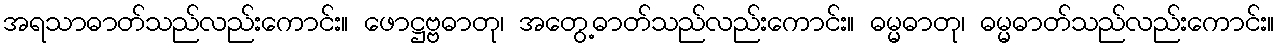
အရသာဓာတ်သည်လည်းကောင်း။ ဖောဋ္ဌဗ္ဗဓာတု၊ အတွေ့ဓာတ်သည်လည်းကောင်း။ ဓမ္မဓာတု၊ ဓမ္မဓာတ်သည်လည်းကောင်း။